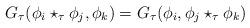
LaTeX: \begin{align*} G_\tau (\phi_i \star_\tau \phi_j, \phi_k) = G_\tau (\phi_i, \phi_j \star_\tau \phi_k) \end{align*}